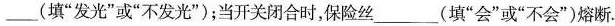
___(填”发光”或”不发光”)；当开关闭合时，保险丝___(填”会”或”不会”)熔断。